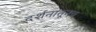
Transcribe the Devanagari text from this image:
दर्शनातूनच